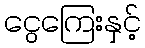
ငွေကြေးနှင့်